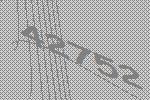
42752